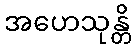
အဟေသုန္တိ